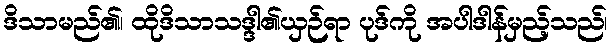
ဒိသာမည်၏၊ ထိုဒိသာသဒ္ဒါ၏ယှဉ်ရာ ပုဒ်ကို အပါဒါန်မှည့်သည်၊